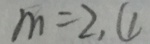
m = 2 , \textcircled { 1 }